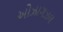
ઓઝાગઝલ